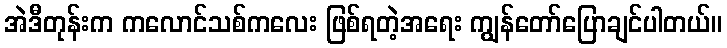
အဲဒီတုန်းက ကလောင်သစ်ကလေး ဖြစ်ရတဲ့အရေး ကျွန်တော်ပြောချင်ပါတယ်။